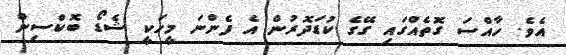
އެވެ. ހާއްސަ ގޮތެއްގައި ގޭގެ ކުޑަދޮރުން އެ ފެންނަ މީހަކީ ޝެޑޯ ބޮކްސިން